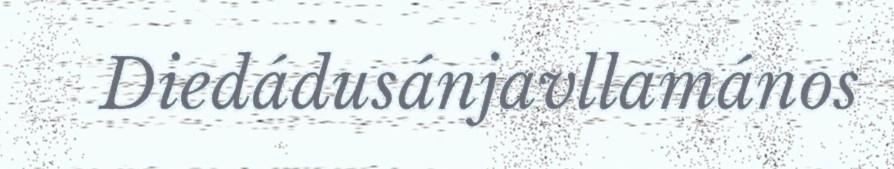
Diedádusánjavllamános